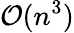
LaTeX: {\mathcal{O}}(n^{3})